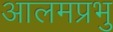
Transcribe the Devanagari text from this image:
आलमप्रभु